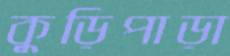
কুড়িপাড়া